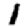
Digit: 1